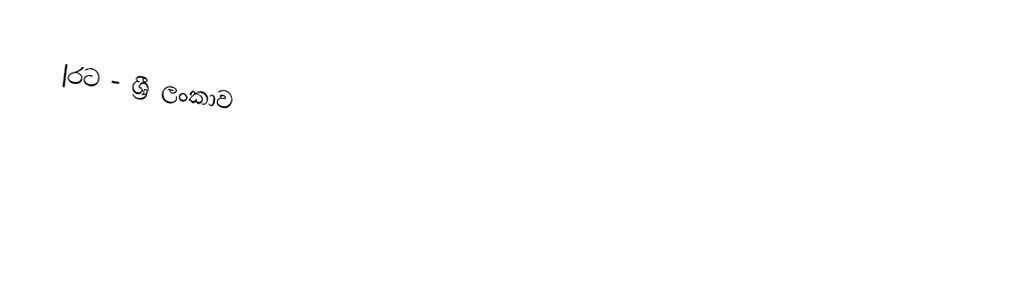
|රට - ශ්‍රී ලංකාව